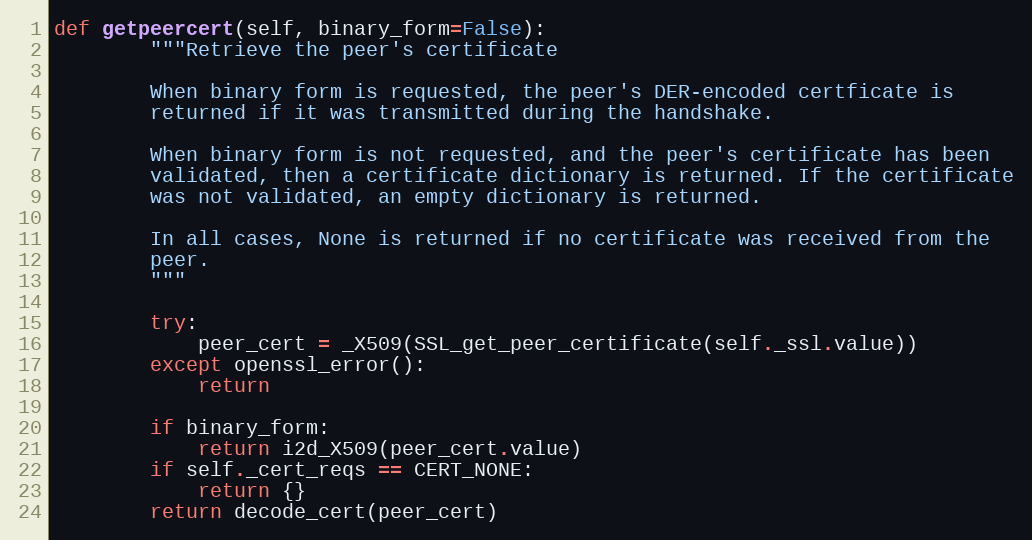
Language: Python
def getpeercert(self, binary_form=False):
        """Retrieve the peer's certificate

        When binary form is requested, the peer's DER-encoded certficate is
        returned if it was transmitted during the handshake.

        When binary form is not requested, and the peer's certificate has been
        validated, then a certificate dictionary is returned. If the certificate
        was not validated, an empty dictionary is returned.

        In all cases, None is returned if no certificate was received from the
        peer.
        """

        try:
            peer_cert = _X509(SSL_get_peer_certificate(self._ssl.value))
        except openssl_error():
            return

        if binary_form:
            return i2d_X509(peer_cert.value)
        if self._cert_reqs == CERT_NONE:
            return {}
        return decode_cert(peer_cert)